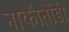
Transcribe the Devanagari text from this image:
नाकीतोंडी